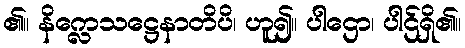
၏။ နိက္လေသဋ္ဌေနာတိပိ၊ ဟူ၍။ ပါဌော၊ ပါဌ်ရှိ၏။